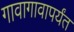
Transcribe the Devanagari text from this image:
गावागावापर्यंत